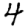
Digit: 4